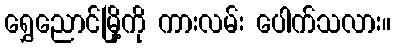
ရွှေညောင်မြို့ကို ကားလမ်း ပေါက်သလား။